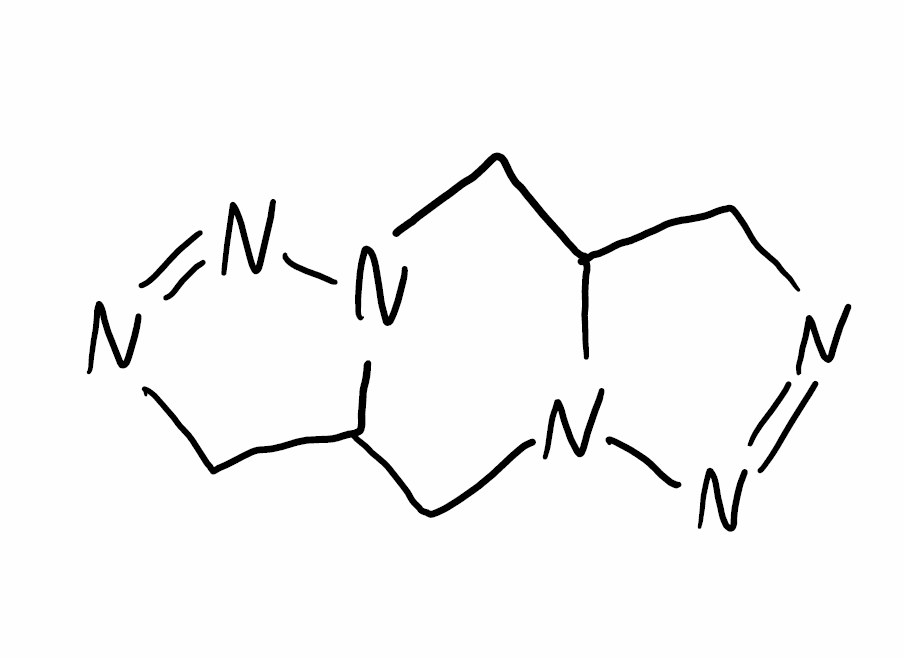
Simplified molecular-input line-entry system (SMILES) notation of the given molecule:
C1C2CN3C(CN=N3)CN2N=N1